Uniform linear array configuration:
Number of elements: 24
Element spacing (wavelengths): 1
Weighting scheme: exponential
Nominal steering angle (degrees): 45
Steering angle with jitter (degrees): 46.82
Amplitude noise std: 0.05
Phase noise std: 0.05

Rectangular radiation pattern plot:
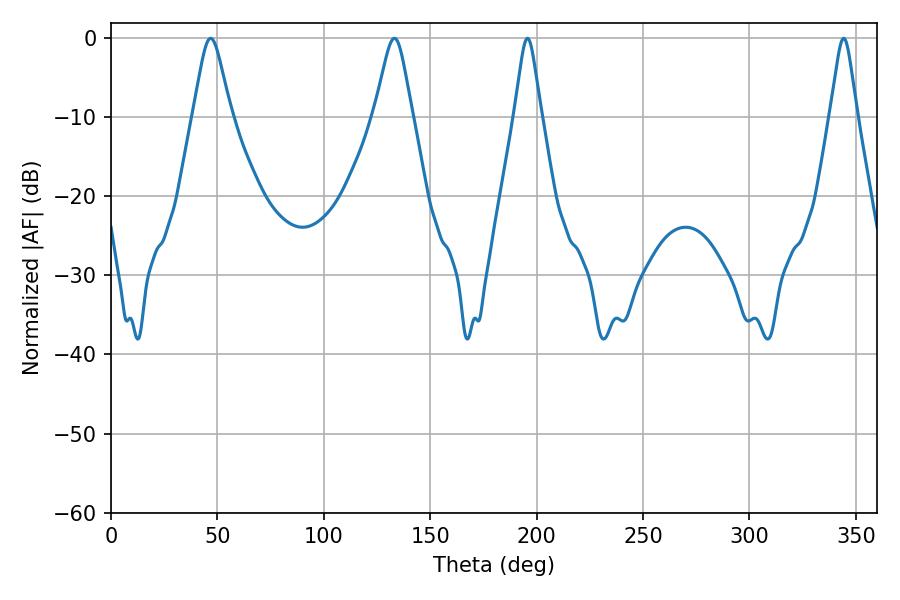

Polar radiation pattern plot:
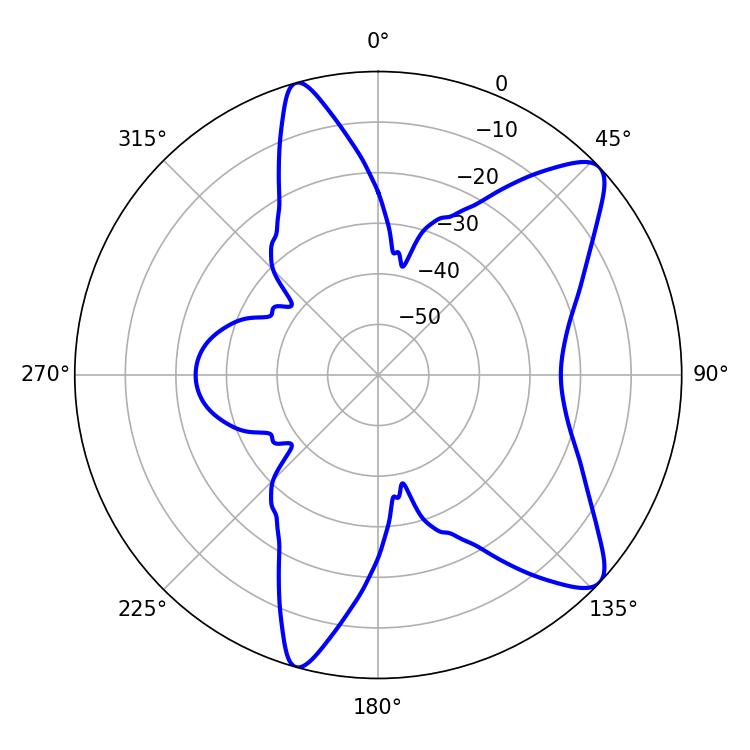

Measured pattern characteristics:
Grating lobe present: TRUE
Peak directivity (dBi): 9.943
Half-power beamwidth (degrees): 8.46
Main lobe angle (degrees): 133.2